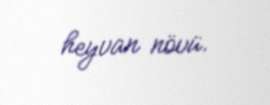
heyvan növü.